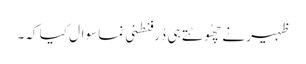
ظہیر نے چھُوٹتے ہی دُرفنطنی نما سوال کیا کہ۔